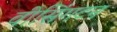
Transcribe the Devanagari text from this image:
वीसिंगटन